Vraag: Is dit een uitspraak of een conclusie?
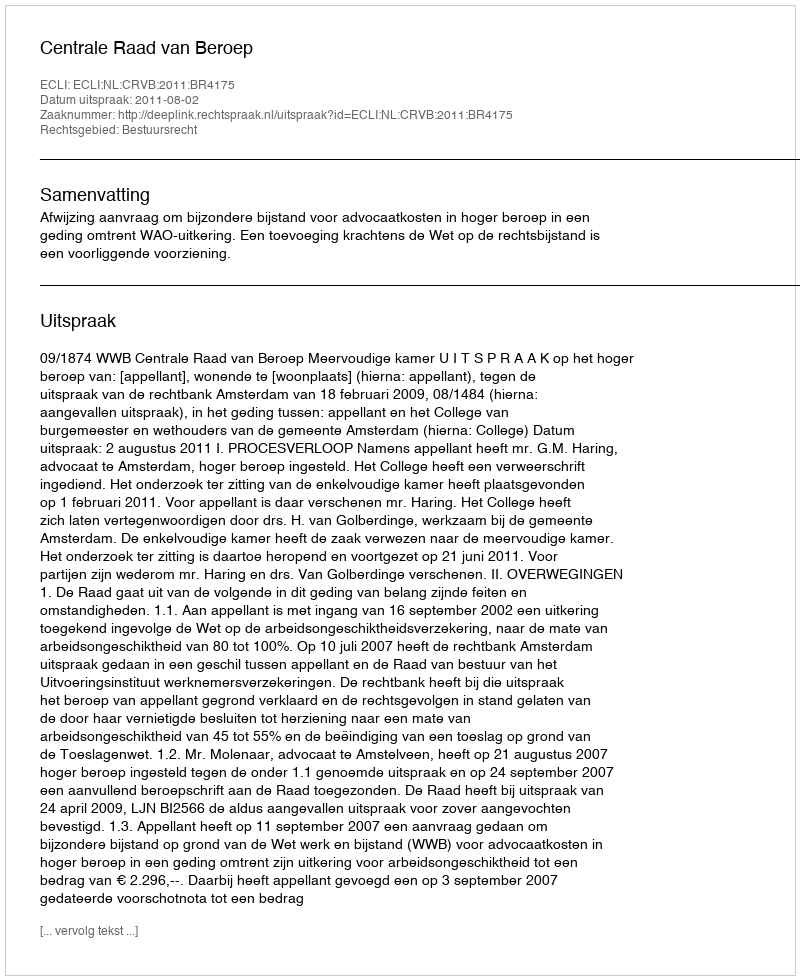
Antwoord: Uitspraak